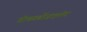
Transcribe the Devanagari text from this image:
डीकार्बोज़ाइलेट